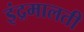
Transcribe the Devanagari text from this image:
इंद्रमालती